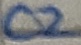
Text: C2